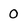
Character: O